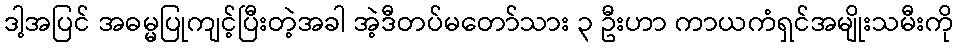
ဒါ့အပြင် အဓမ္မပြုကျင့်ပြီးတဲ့အခါ အဲ့ဒီတပ်မတော်သား ၃ ဦးဟာ ကာယကံရှင်အမျိုးသမီးကို